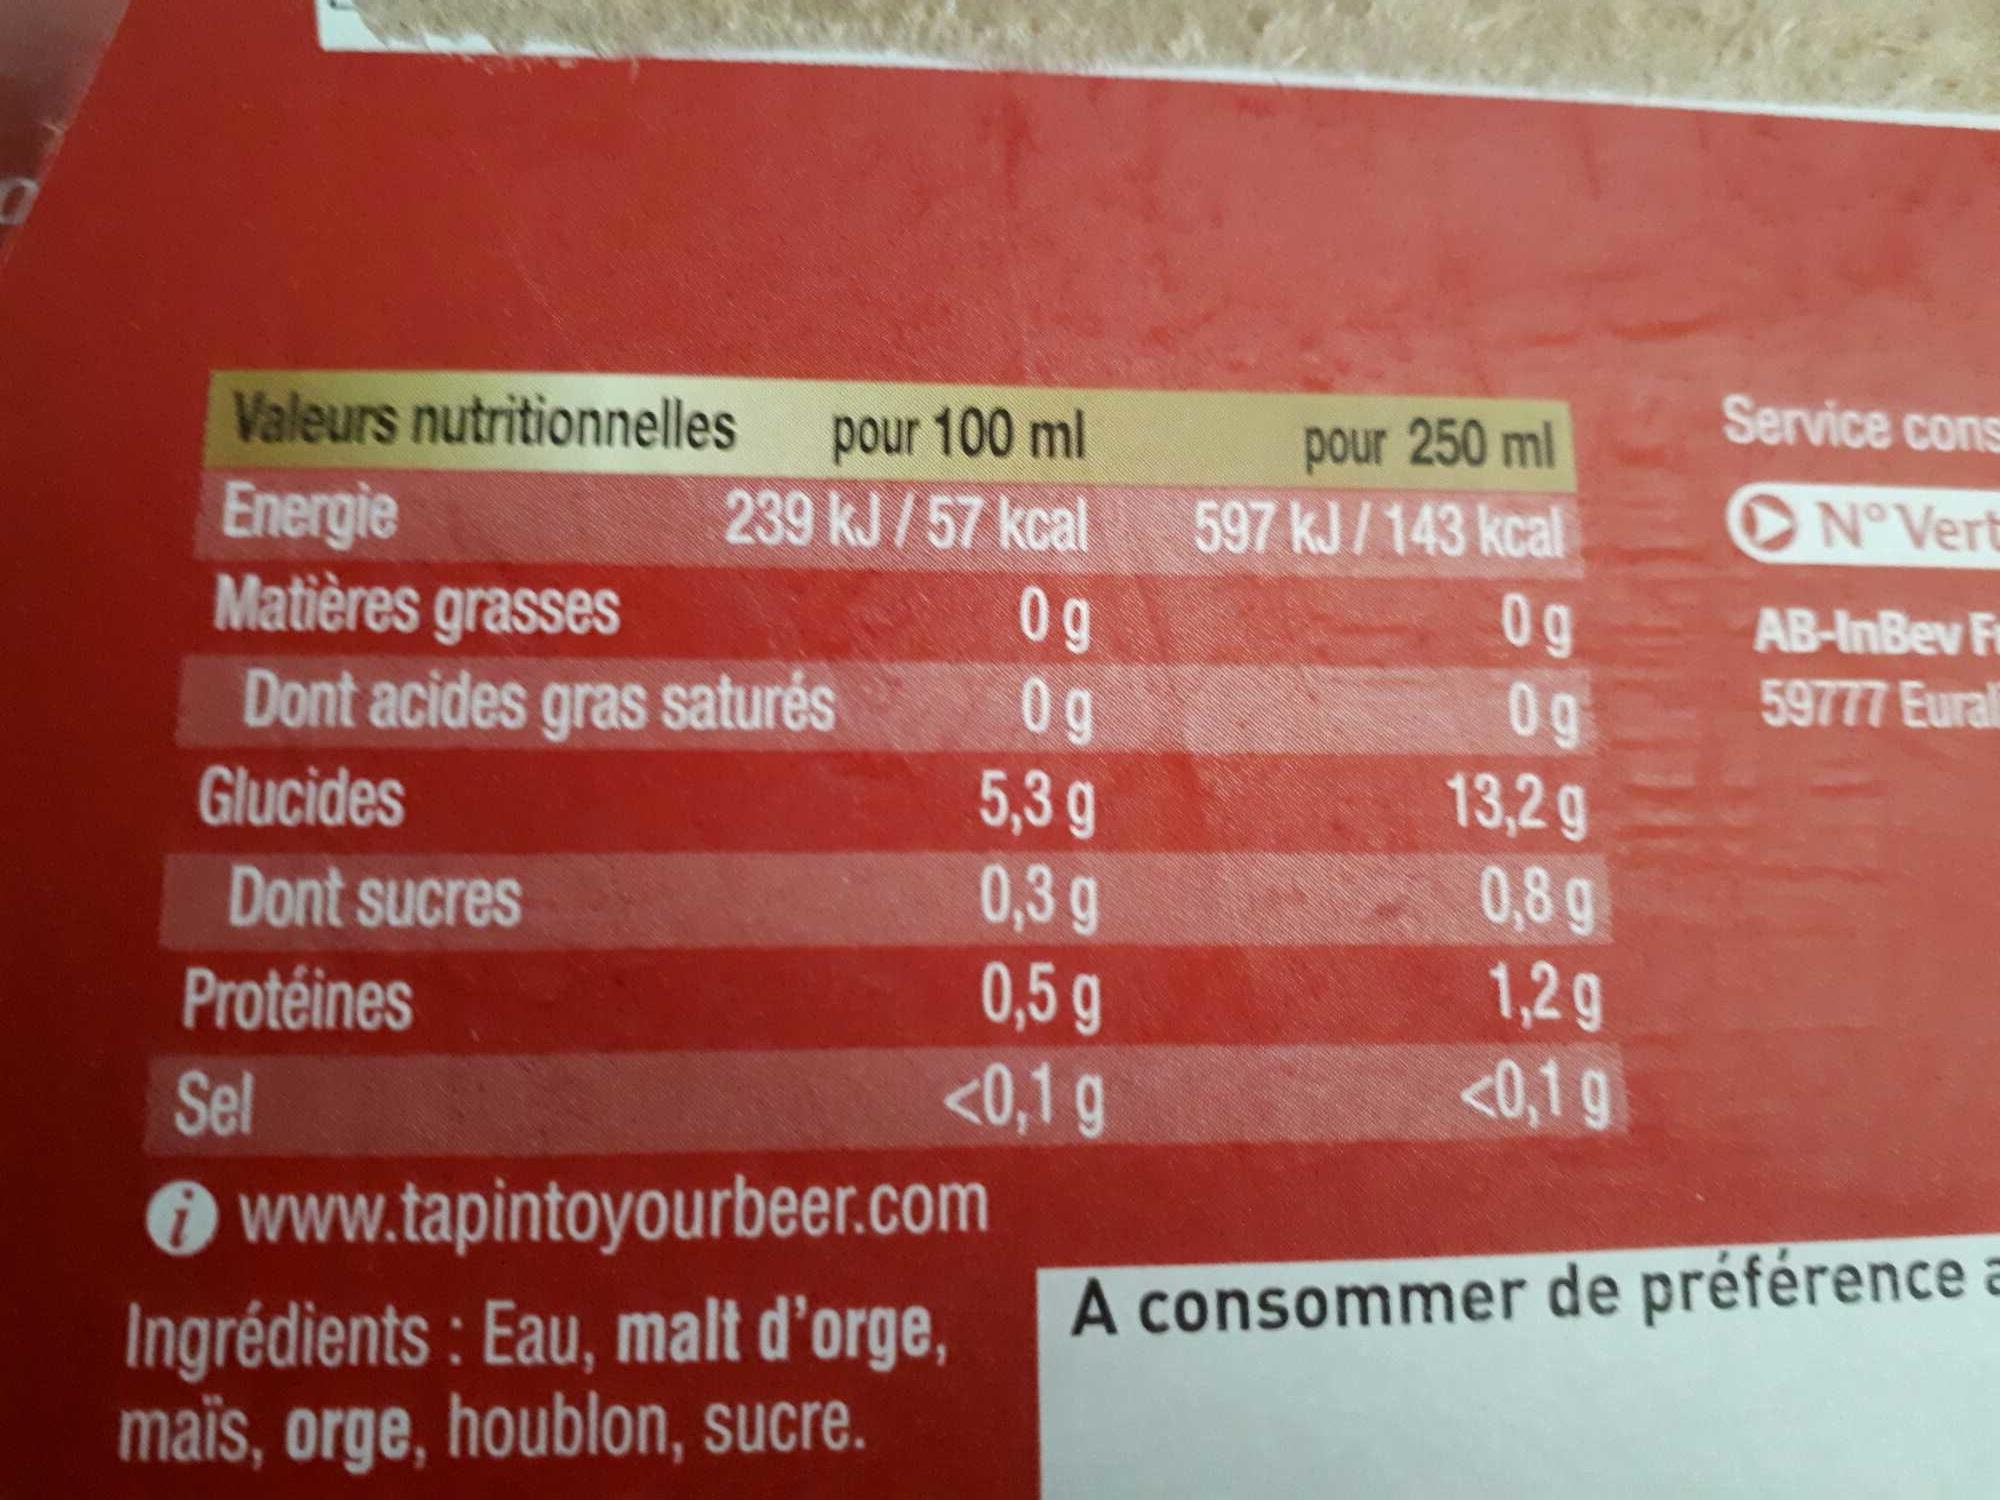
Valeurs nutritionnelles
Energie
Matières grasses
Dont acides gras saturés
Glucides
Dont sucres
pour 100 ml
239 kJ/57 kcal
Protéines
Sel
Og
Og
5,3 g
0,3 g
0,5 g
<0,1 g
www.tapintoyourbeer.com
Ingrédients: Eau, malt d'orge, maïs, orge, houblon, sucre.
pour 250 ml
597 kJ/143 kcal
Og
Og
13,2 g
0,8 g
1,2 g
<0,1 g
Service cons
N° Vert
AB-InBev Fr
59777 Eurali
A consommer de préférence